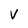
Character: V